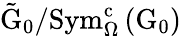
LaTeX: \tilde{\mathrm{G}}_{0}/\mathrm{Sym}_{\Omega}^{\mathrm{c}}\left(\mathrm{G}_{0}\right)